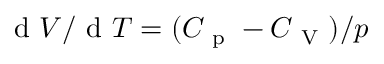
\mathrm { ~ d ~ } V / \mathrm { ~ d ~ } T = ( C _ { \mathrm { ~ p ~ } } - C _ { \mathrm { ~ V ~ } } ) / p